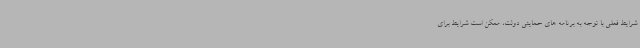
شرایط فعلی با توجه به برنامه های حمایتی دولت، ممکن است شرایط برای